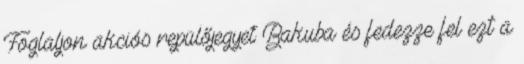
Foglaljon akciós repülőjegyet Bakuba és fedezze fel ezt a